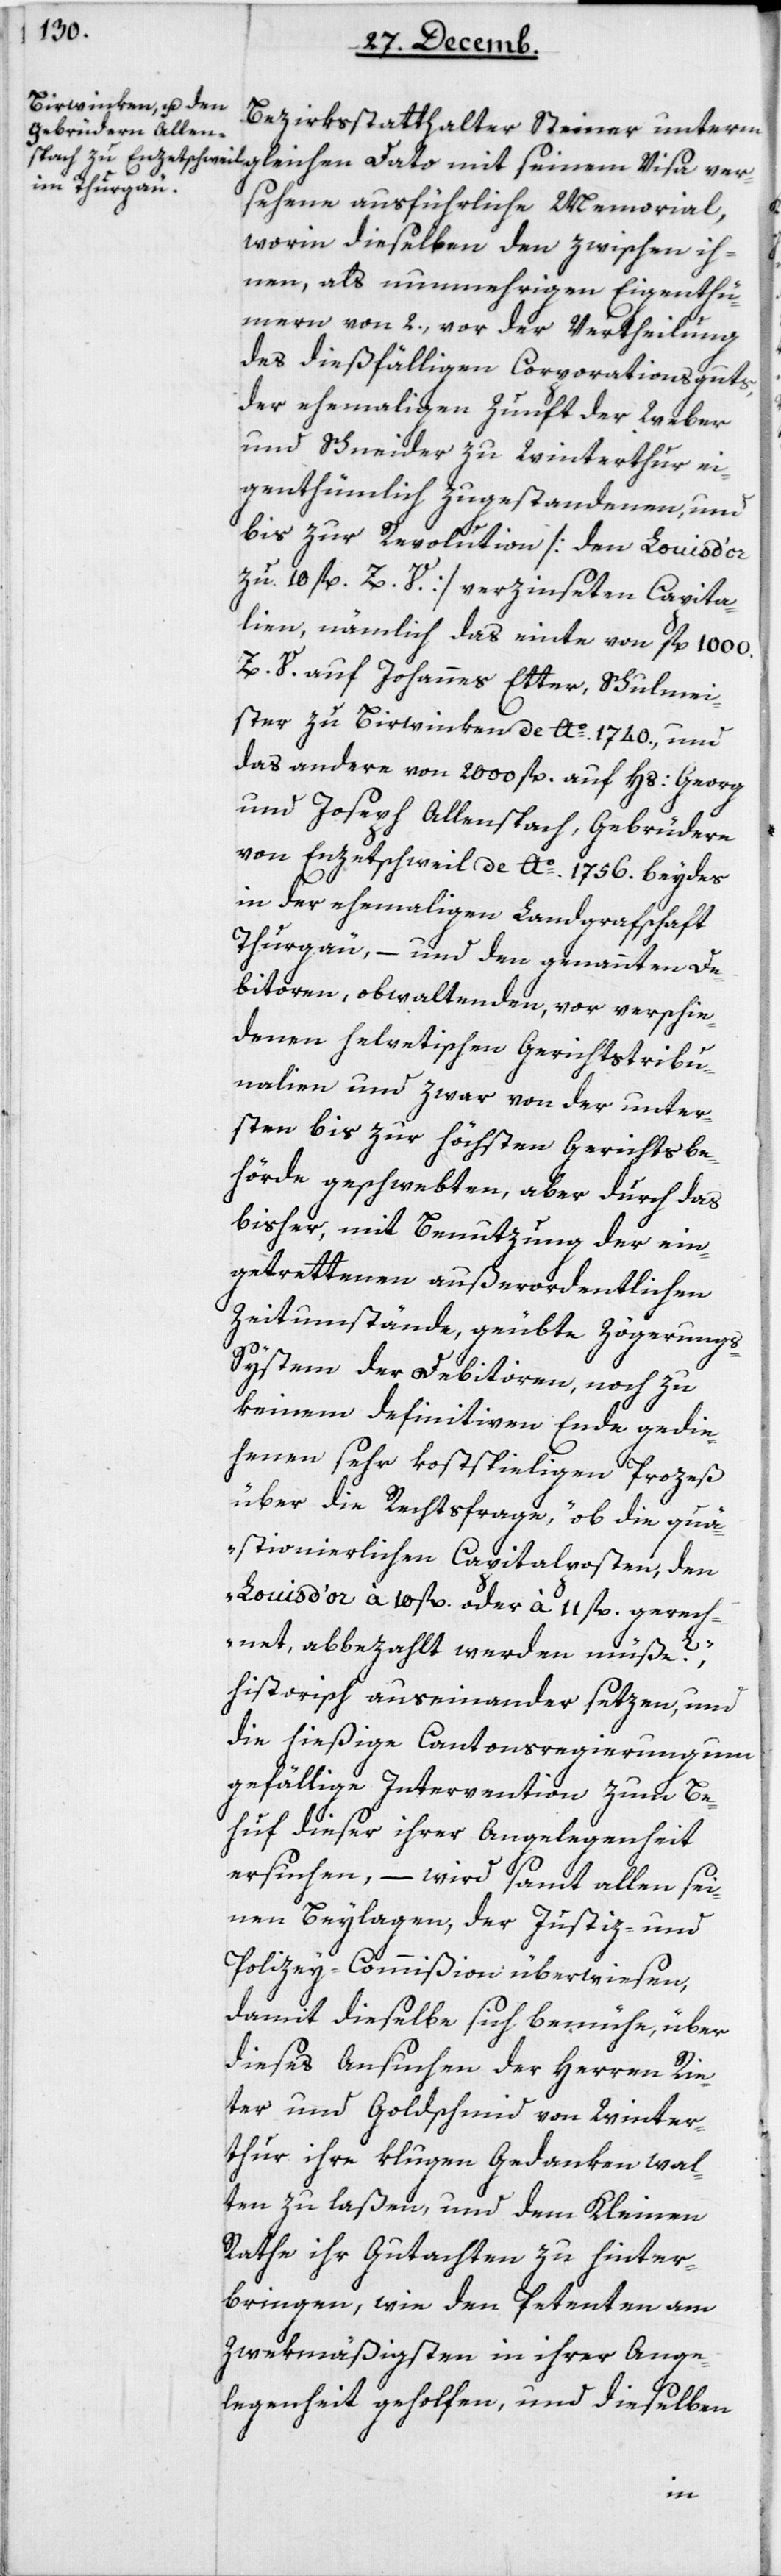
Bezirksstatthalter Steiner unterm
sehene ausführliche Memorial,
worin dieselben den zwischen ih¬
nen, als nunmehrigen Eigenthü¬
mern von zwey, vor der Vertheilung
des dießfälligen Corporationsguts,
der ehemaligen Zunft der Weber
und Schneider zu Winterthur ei¬
genthümlich zugestandenen, und
bis zur Revolution [den Louis d’or
zu 10 fl. Z. V.] verzinseten Capita¬
lien, nämlich das einte von 1000
Z. V. auf Johannes Etter, Schulmei¬
ster zu Birwinken de Ao. 1740, und
das andere von 2000 fl. auf Hs. Georg
und Joseph Allenspach, Gebrüdere
von Enzetschweil de Ao. 1756, beydes
in der ehemaligen Landgrafschaft
Thurgau, – und den genannten De¬
bitoren obwaltenden, vor verschie¬
denen helvetischen Gerichtstribu¬
nalien, und zwar von der unter¬
sten bis zur höchsten Gerichtsbe¬
hörde geschwebten, aber durch das
bisher, mit Benutzung der ein¬
getrettenen außerordentlichen
Zeitumstände, geübte Zögerung¬
s-System der Debitoren, noch zu
keinem definitiven Ende gedie¬
henen sehr kostspieligen Proceß
über die Rechtsfrage, „ob die quä¬
stionierlichen Capitalposten, den
Louis d’or à 10 fl. oder à 11 fl. gerech¬
net, abbezahlt werden müße?“
historisch auseinandersetzen und
die hießige Cantonsregierung um
gefällige Intervention zum Be¬
huf dieser ihrer Angelegenheit
ersuchen, – wird samt allen sei¬
nen Beylagen, der Justiz- und
Polizey-Commißion überwiesen,
damit dieselbe sich bemühe, über
dieses Ansuchen der Herren Rie¬
ter und Goldschmid von Winter¬
thur ihre klugen Gedanken wal¬
ten zu laßen, und dem Kleinen
Rathe ihr Gutachten zu hinter¬
bringen, wie den Petenten am
zwekmäßigsten in ihrer Ange¬
legenheit geholfen, und dieselben
ver¬